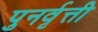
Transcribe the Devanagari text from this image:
पुनर्वृत्ती